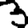
Digit: 3